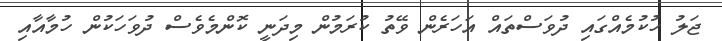
ޖަލު ހުކުމެއްގައި ދުވަސްތައް އަހަރެން ވޭތު ކުރަމުން މިދަނީ ކޮންމެވެސް ދުވަހަކުން ހުމާއާއި